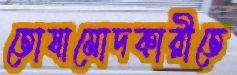
তোষামোদকারীতে